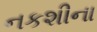
નકશીના